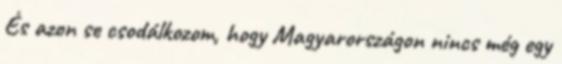
És azon se csodálkozom, hogy Magyarországon nincs még egy